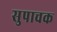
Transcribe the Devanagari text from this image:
सुपाचक